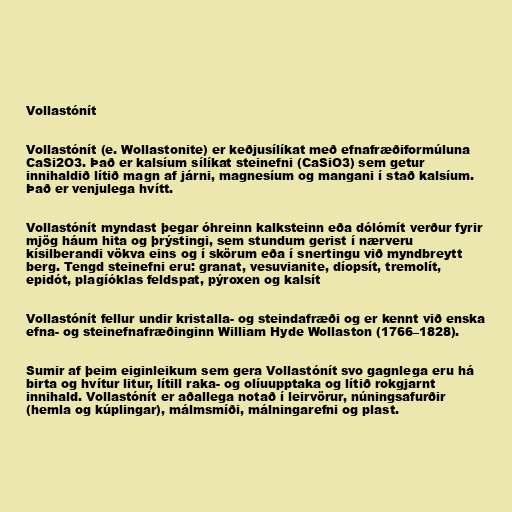
Vollastónít

Vollastónít (e. Wollastonite) er keðjusílíkat með efnafræðiformúluna
CaSi2O3. Það er kalsíum sílíkat steinefni (CaSiO3) sem getur
innihaldið lítið magn af járni, magnesíum og mangani í stað kalsíum.
Það er venjulega hvítt.

Vollastónít myndast þegar óhreinn kalksteinn eða dólómít verður fyrir
mjög háum hita og þrýstingi, sem stundum gerist í nærveru
kísilberandi vökva eins og í skörum eða í snertingu við myndbreytt
berg. Tengd steinefni eru: granat, vesuvianite, díopsít, tremolít,
epidót, plagíóklas feldspat, pýroxen og kalsít

Vollastónít fellur undir kristalla- og steindafræði og er kennt við enska
efna- og steinefnafræðinginn William Hyde Wollaston (1766–1828).

Sumir af þeim eiginleikum sem gera Vollastónít svo gagnlega eru há
birta og hvítur litur, lítill raka- og olíuupptaka og lítið rokgjarnt
innihald. Vollastónít er aðallega notað í leirvörur, núningsafurðir
(hemla og kúplingar), málmsmíði, málningarefni og plast.